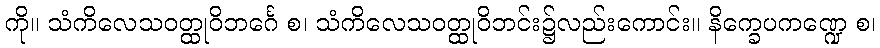
ကို။ သံကိလေသဝတ္ထုဝိဘင်္ဂေ စ၊ သံကိလေသဝတ္ထုဝိဘင်း၌လည်းကောင်း။ နိက္ခေပကဏ္ဍေ စ၊